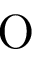
\mathrm { O }